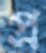
প্র